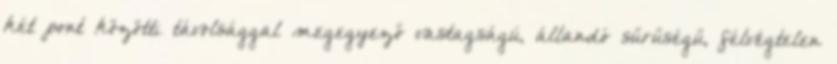
két pont közötti távolsággal megegyező vastagságú, állandó sűrűségű, félvégtelen